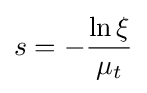
s=-{\frac {\ln \xi }{\mu _{t}}}